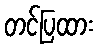
တင်ပြထား